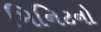
મિનિટનો